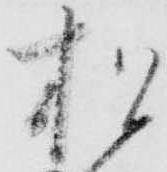
松